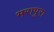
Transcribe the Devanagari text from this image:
भरापुरा